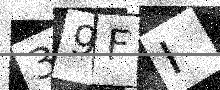
Text: 39FI